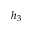
h _ { 3 }